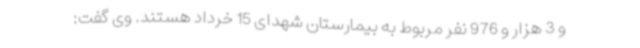
و 3 هزار و 976 نفر مربوط به بیمارستان شهدای 15 خرداد هستند. وی گفت: